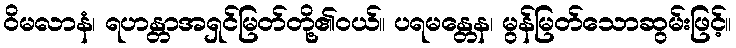
ဝိမလာနံ၊ ရဟန္တာအရှင်မြတ်တို့၏ဝယ်။ ပရမန္တေန၊ မွန်မြတ်သောဆွမ်းဖြင့်။